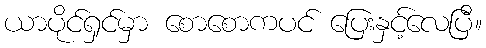
ယာပိုင်ရှင်မှာ စောစောကပင် ပြေးနှင့်လေပြီ။